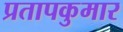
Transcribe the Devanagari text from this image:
प्रतापकुमार